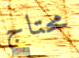
محتاج